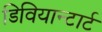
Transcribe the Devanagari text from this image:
डिवियान्टार्ट